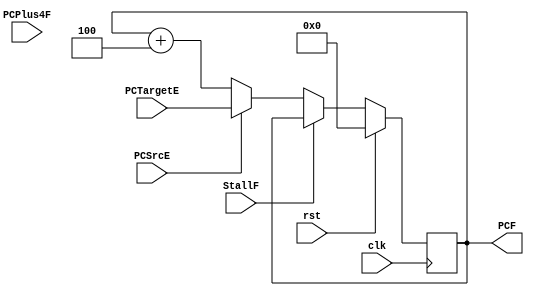
module Adress_Generator (
    input             rst,
    input             clk,
    input             PCSrcE,
    input             StallF,

    input      [31:0] PCPlus4F,
    input      [31:0] PCTargetE,
    output reg [31:0] PCF
);
    reg [31:0] PCFbar;

    always @ (*) begin  //combinational block so block assignment (=) and not a non-blocking one (<=)
            PCFbar = PCSrcE ? PCTargetE : PCF + 4;
    end

    always @(posedge clk) begin //sequential block so non-block assigment (<=) is used
        if (rst) begin
            PCF <= 32'd0;
        end

        else if(StallF) begin
             PCF <= PCF;   
        end

        else begin
            PCF <= PCFbar;
        end
    end 
    

endmodule